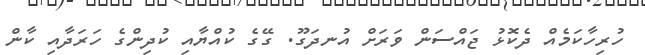
ހުރިހާކަމެއް ދެކޮޅު ޖައްސަން ވަރަށް އުނދަގޫ. ގޭގެ ކުއްޔާއި ކުދިންގެ ހަރަދާއި ކާން